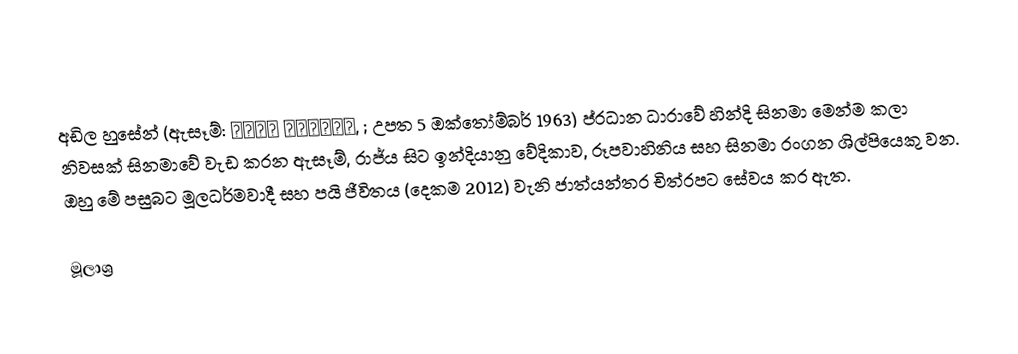
අඩිල හුසේන් (ඇසෑම්: আদিল হুছেইন, ; උපත 5 ඔක්තෝම්බර් 1963) ප්රධාන ධාරාවේ හින්දි සිනමා මෙන්ම කලා නිවසක් සිනමාවේ වැඩ කරන ඇසෑම්, රාජ්ය සිට ඉන්දියානු වේදිකාව, රූපවාහිනිය සහ සිනමා රංගන ශිල්පියෙකු වන. ඔහු මේ පසුබට මූලධර්මවාදී සහ පයි ජීවිතය (දෙකම 2012) වැනි ජාත්යන්තර චිත්රපට සේවය කර ඇත.

මූලාශ්‍ර